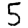
Digit: 5